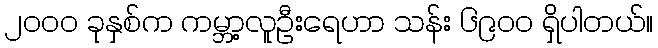
၂၀၀၀ ခုနှစ်က ကမ္ဘာ့လူဦးရေဟာ သန်း ၆၉၀၀ ရှိပါတယ်။